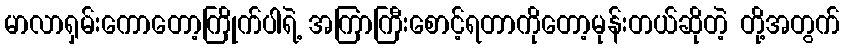
မာလာရှမ်းကောတော့ကြိုက်ပါရဲ့ အကြာကြီးစောင့်ရတာကိုတော့မုန်းတယ်ဆိုတဲ့ တို့အတွက်